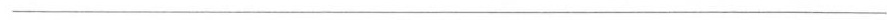
___